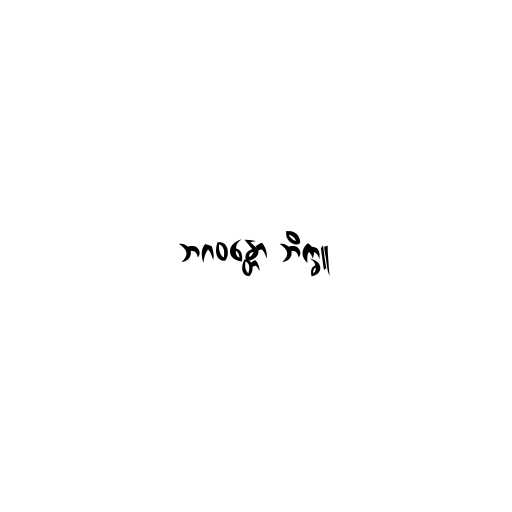
ဘဂဝန္တော ဘိက္ခူ